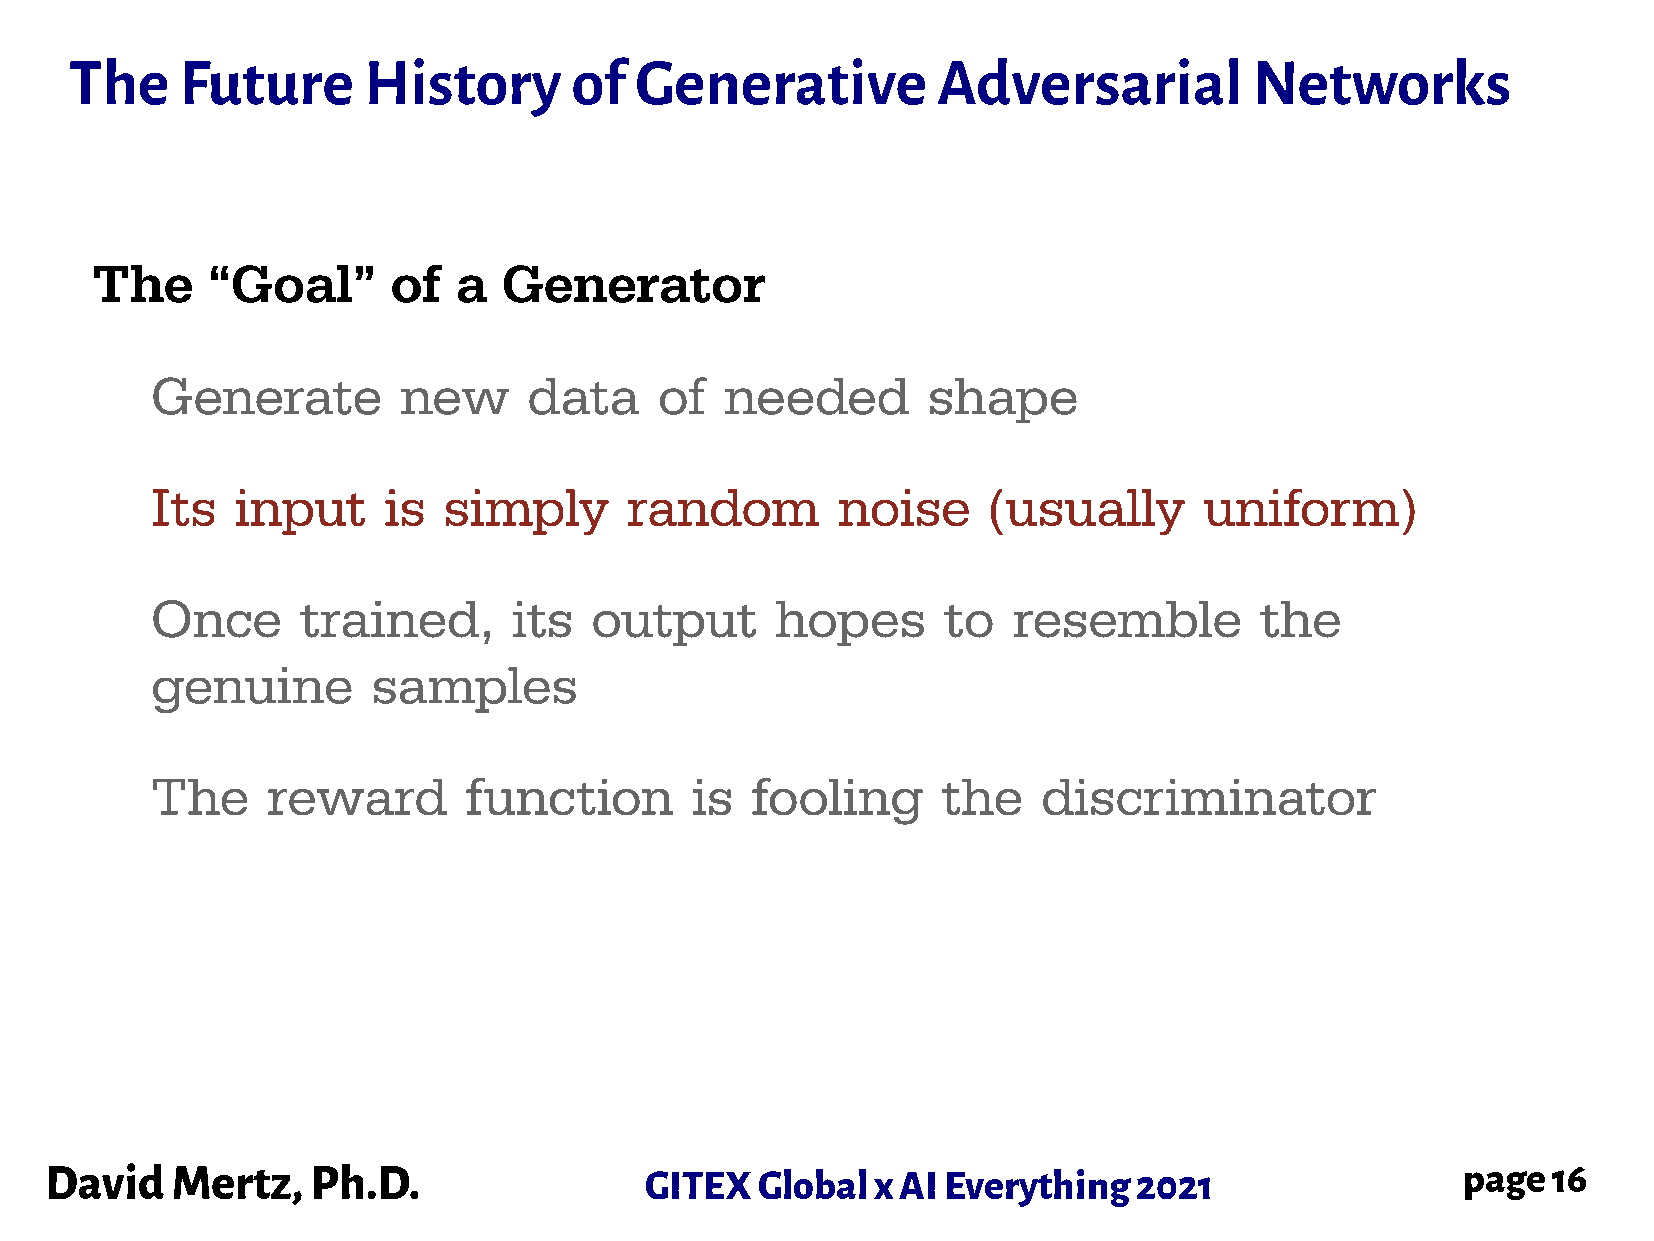
The    Future      History       of  Generative          Adversarial          Networks
 The     “Goal”      of  a  Generator
 Generate         new     data     of  needed       shape
 Its   input    is  simply       random       noise     (usually       uniform)
 Once      trained,      its  output      hopes      to   resemble        the
 genuine        samples
 The     reward       function       is  fooling     the    discriminator
 David   Mertz,    Ph.D.                 GITEX  Global  x AI Everything  2021                  page  16